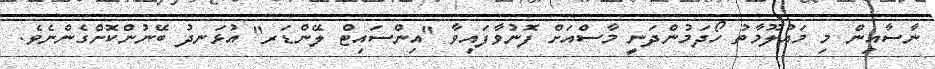
ނާސާއިން މި މަޢުލޫމާތު ހޯދަމުންދަނީ މާސްއަށް ފޮނުވާފައިވާ "އިންސައިޓް ލޭންޑަރ" އުޅަނދު ބޭނުންކޮށްގެންނެވެ.